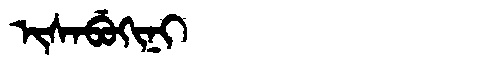
Manchu: ᡳᠰᠠᠪᡠᡴᡳᠨᡳ
Romanization: ISABUKINI